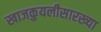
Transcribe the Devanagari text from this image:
खाजकुयलीसारख्या